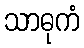
သာဓုကံ